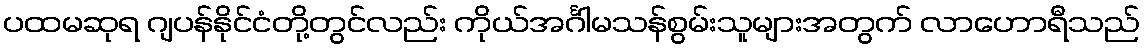
ပထမဆုရ ဂျပန်နိုင်ငံတို့တွင်လည်း ကိုယ်အင်္ဂါမသန်စွမ်းသူများအတွက် လာဟောရီသည်